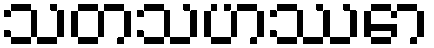
သတသဟဿော